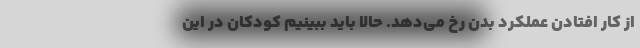
از کار افتادن عملکرد بدن رخ می‌دهد. حالا باید ببینیم کودکان در این